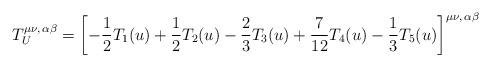
LaTeX: \begin{align*}T_U^{\mu\nu,\,\alpha\beta}=\left[-\frac12T_1(u)+\frac12T_2(u)-\frac23T_3(u)+\frac7{12}T_4(u)-\frac13T_5(u)\right]^{\mu\nu,\,\alpha\beta}\end{align*}